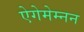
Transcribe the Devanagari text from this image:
ऐगेमेम्नन